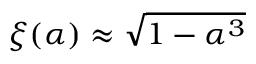
\xi ( \alpha ) \approx { \sqrt { 1 - \alpha ^ { 3 } } }